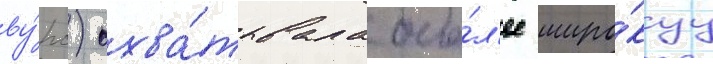
ву́рс) охва́тывала бо́л'ее широ́куу